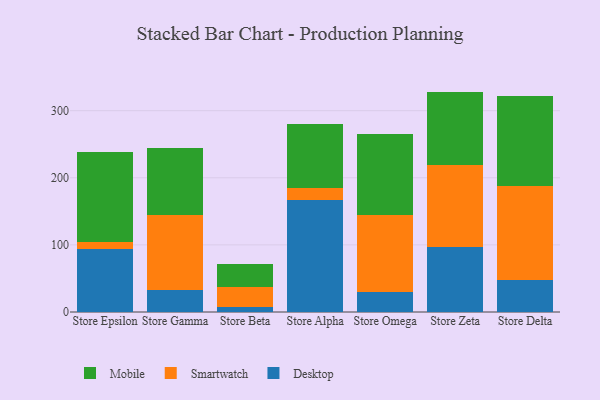
{"axis": {"x": "Store", "y": "Customer Acquisition Cost (USD)"}, "legend": ["Desktop", "Mobile", "Smartwatch"], "data": [{"x": "Store Epsilon", "y": 94.5, "type": "Desktop"}, {"x": "Store Epsilon", "y": 10.5, "type": "Smartwatch"}, {"x": "Store Epsilon", "y": 134.0, "type": "Mobile"}, {"x": "Store Gamma", "y": 32.2, "type": "Desktop"}, {"x": "Store Gamma", "y": 112.2, "type": "Smartwatch"}, {"x": "Store Gamma", "y": 99.6, "type": "Mobile"}, {"x": "Store Beta", "y": 8.2, "type": "Desktop"}, {"x": "Store Beta", "y": 29.6, "type": "Smartwatch"}, {"x": "Store Beta", "y": 33.5, "type": "Mobile"}, {"x": "Store Alpha", "y": 166.2, "type": "Desktop"}, {"x": "Store Alpha", "y": 19.1, "type": "Smartwatch"}, {"x": "Store Alpha", "y": 94.7, "type": "Mobile"}, {"x": "Store Omega", "y": 29.5, "type": "Desktop"}, {"x": "Store Omega", "y": 114.6, "type": "Smartwatch"}, {"x": "Store Omega", "y": 120.4, "type": "Mobile"}, {"x": "Store Zeta", "y": 97.3, "type": "Desktop"}, {"x": "Store Zeta", "y": 122.0, "type": "Smartwatch"}, {"x": "Store Zeta", "y": 109.1, "type": "Mobile"}, {"x": "Store Delta", "y": 47.1, "type": "Desktop"}, {"x": "Store Delta", "y": 140.6, "type": "Smartwatch"}, {"x": "Store Delta", "y": 134.4, "type": "Mobile"}]}